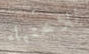
للاختباء